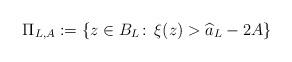
LaTeX: \begin{align*}\Pi_{L,A} := \{z \in B_L \colon\, \xi(z) > \widehat{a}_L - 2A\}\end{align*}